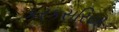
કરકસરિયા